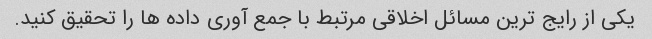
یکی از رایج ترین مسائل اخلاقی مرتبط با جمع آوری داده ها را تحقیق کنید.